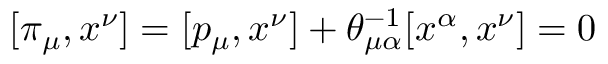
[ \pi _ { \mu } , x ^ { \nu } ] = [ p _ { \mu } , x ^ { \nu } ] + \theta _ { \mu \alpha } ^ { - 1 } [ x ^ { \alpha } , x ^ { \nu } ] = 0